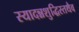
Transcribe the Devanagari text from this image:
स्यादन्नशुद्धिस्तथैव